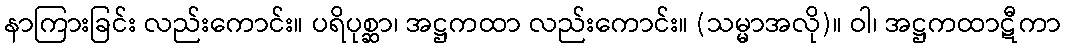
နာကြားခြင်း လည်းကောင်း။ ပရိပုစ္ဆာ၊ အဋ္ဌကထာ လည်းကောင်း။ (သမ္မာအလို)။ ဝါ၊ အဋ္ဌကထာဋီကာ